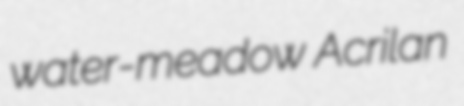
water-meadow Acrilan